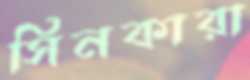
সিনকারা